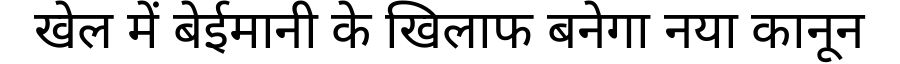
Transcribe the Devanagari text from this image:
खेल में बेईमानी के खिलाफ बनेगा नया कानून